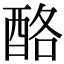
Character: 酪